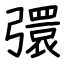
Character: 彋